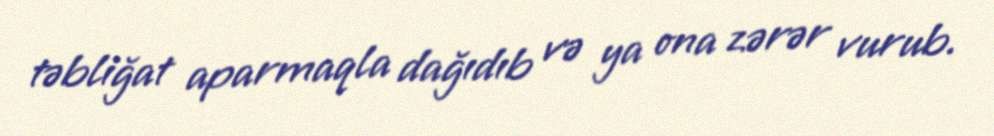
təbliğat aparmaqla dağıdıb və ya ona zərər vurub.